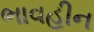
ભાવહીન